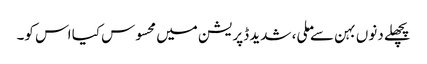
پچھلے دنوں بہن سے ملی، شدید ڈپریشن میں محسوس کیا اس کو۔